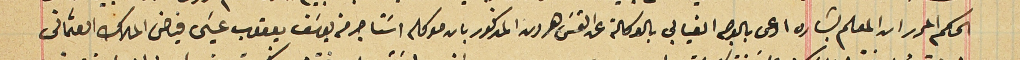
الحكم المحرر ان المعلم بشاره ادعى بالوجه الغيابي بالوكالة عن القسَ هرون المذكور بان موكله اسَتاجر من يوسَف يعقوب عيسَى فياض الملاك العثمانى